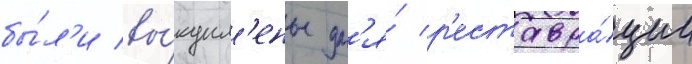
бы́л'и вы́купл'ены дл'я́ р'еставра́ции